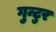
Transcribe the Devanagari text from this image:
गुन्टुर